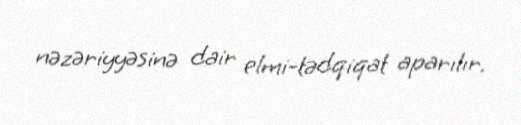
nəzəriyyəsinə dair elmi-tədqiqat aparılır.